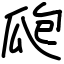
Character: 瓟